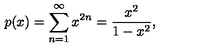
p ( x ) = \sum _ { n = 1 } ^ { \infty } x ^ { 2 n } = { \frac { x ^ { 2 } } { 1 - x ^ { 2 } } } ,